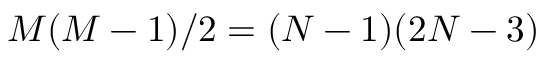
M ( M - 1 ) / 2 = ( N - 1 ) ( 2 N - 3 )